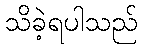
သိခဲ့ရပါသည်